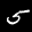
Label: 5